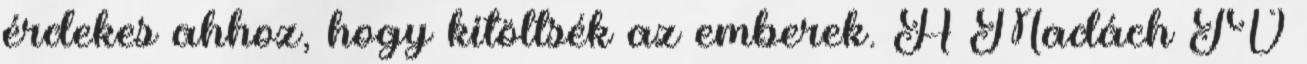
érdekes ahhoz, hogy kitöltsék az emberek. A Madách TV